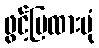
ဖွင့်ပြထားပုံ